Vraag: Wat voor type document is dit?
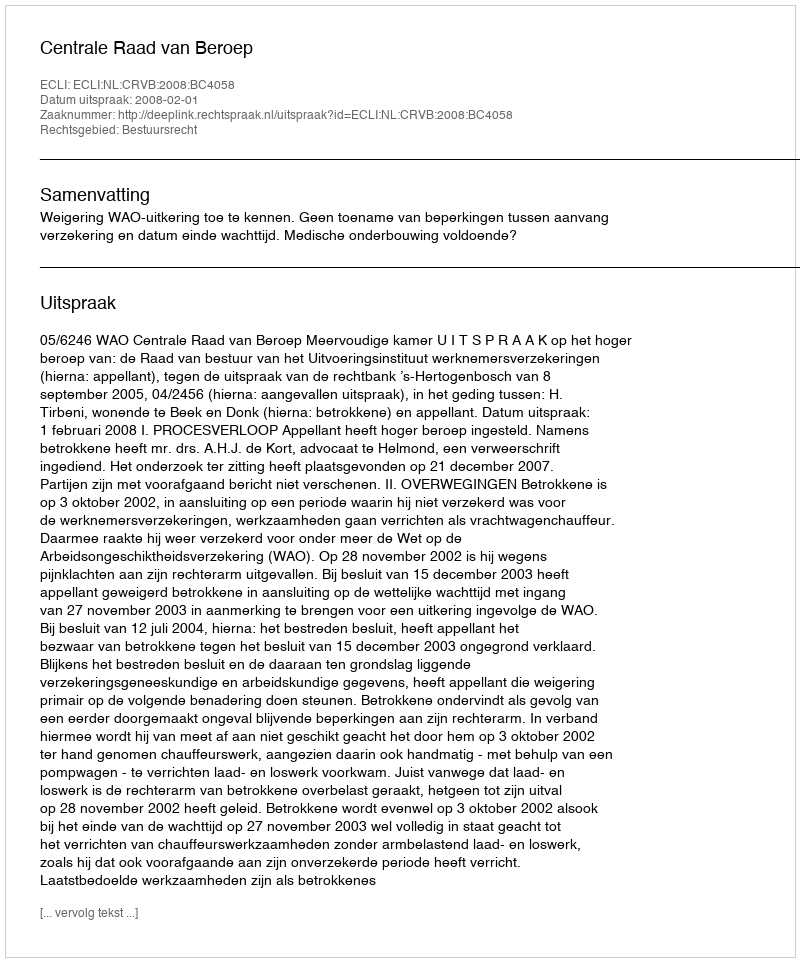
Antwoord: Uitspraak